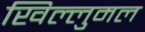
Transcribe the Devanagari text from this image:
खिल्लुमल